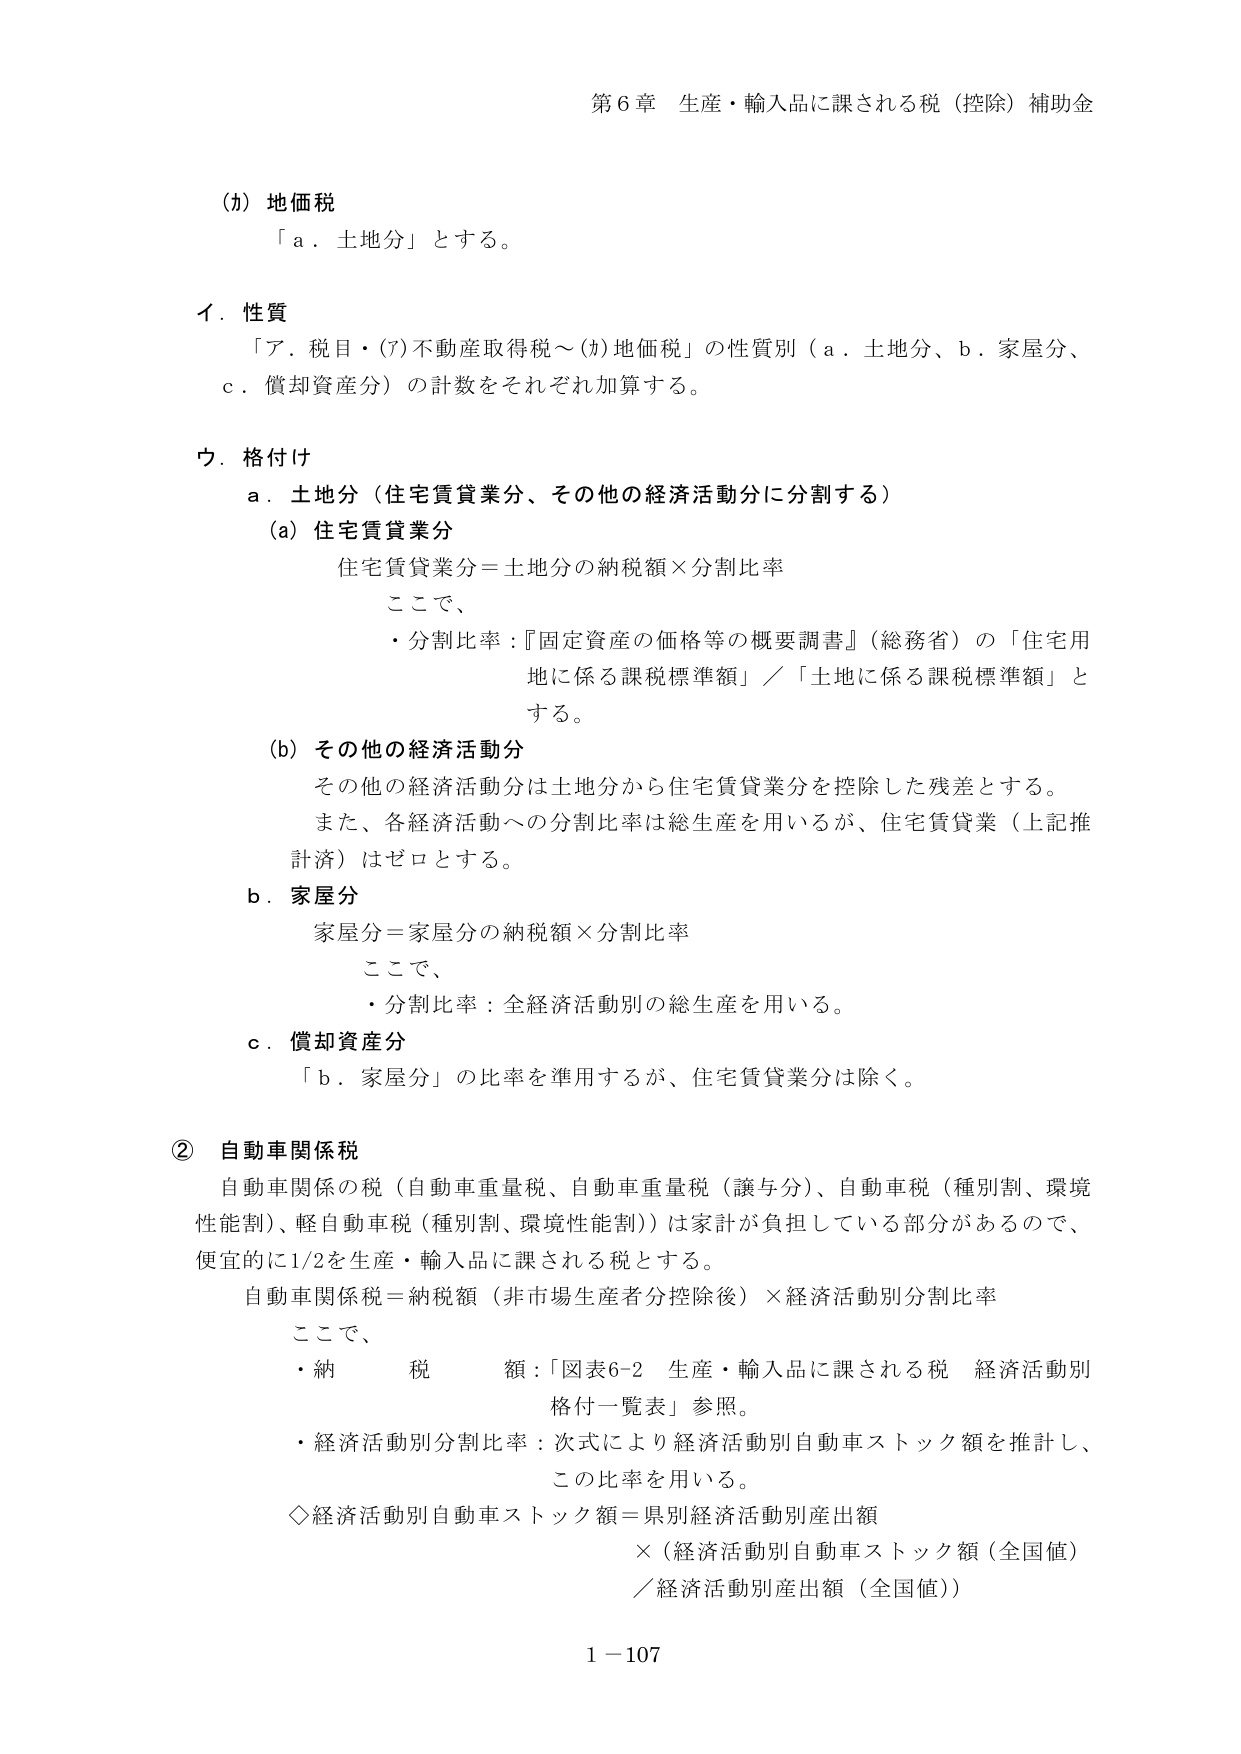
第6章 生産・輸入品に課される税（控除）補助金

(ｶ) 地価税
「ａ．土地分」とする。

イ．性質
「ア．税目・(ｱ)不動産取得税～(ｶ)地価税」の性質別（ａ．土地分、ｂ．家屋分、ｃ．償却資産分）の計数をそれぞれ加算する。

ウ．格付け
ａ．土地分（住宅賃貸業分、その他の経済活動分に分割する）
　(a) 住宅賃貸業分
　　　住宅賃貸業分＝土地分の納税額×分割比率
　　　ここで、
　　　・分割比率：『固定資産の価格等の概要調書』（総務省）の「住宅用地に係る課税標準額」／「土地に係る課税標準額」とする。
　(b) その他の経済活動分
　　　その他の経済活動分は土地分から住宅賃貸業分を控除した残差とする。
　　　また、各経済活動への分割比率は総生産を用いるが、住宅賃貸業（上記推計済）はゼロとする。
ｂ．家屋分
　　　家屋分＝家屋分の納税額×分割比率
　　　ここで、
　　　・分割比率：全経済活動別の総生産を用いる。
ｃ．償却資産分
　　　「ｂ．家屋分」の比率を準用するが、住宅賃貸業分は除く。

② 自動車関係税
　自動車関係の税（自動車重量税、自動車重量税（譲与分）、自動車税（種別割、環境性能割）、軽自動車税（種別割、環境性能割））は家計が負担している部分があるので、便宜的に1/2を生産・輸入品に課される税とする。
　自動車関係税＝納税額（非市場生産者分控除後）×経済活動別分割比率
　ここで、
　・納税額：「図表6-2 生産・輸入品に課される税 経済活動別格付一覧表」参照。
　・経済活動別分割比率：次式により経済活動別自動車ストック額を推計し、この比率を用いる。
　◇経済活動別自動車ストック額＝県別経済活動別産出額
　　　　　　　　　　　　　　　×（経済活動別自動車ストック額（全国値）
　　　　　　　　　　　　　　　／経済活動別産出額（全国値））

1－107